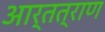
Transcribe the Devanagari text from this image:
आर्तत्राण